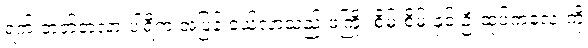
ရက် ဘတ်တလာ ပါရီက အပြန် ဝယ်လာသည့် ဖဲကြိုး စိမ်းစိမ်းနှင့် ဦးထုပ်ကလေးကို